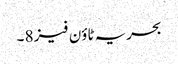
بحریہ ٹاؤن فیز 8 ۔